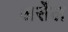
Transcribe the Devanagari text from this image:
अर्सेल